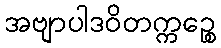
အဗျာပါဒဝိတက္ကဉ္စေ